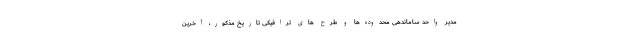
مدیر واحد ساماندهی محدوده‌ها و طرح های ترافیکی تاریخ مذکور، آخرین